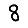
Digit: 8